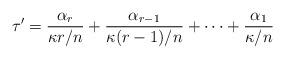
LaTeX: \begin{align*}\tau'=\frac{\alpha_r}{\kappa r/n}+\frac{\alpha_{r-1}}{\kappa (r-1)/n}+\cdots+\frac{\alpha_1}{\kappa/n}\end{align*}